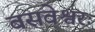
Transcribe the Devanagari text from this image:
बसवेश्वरः